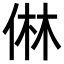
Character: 㑣